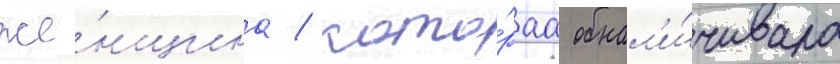
же́нщина / кото́раа обнал'и́чивала